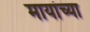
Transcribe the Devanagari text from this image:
मायांच्या